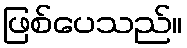
ဖြစ်ပေသည်။